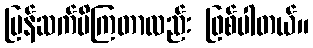
ပြန်ဆက်မိကြတာလည်း ဖြစ်ပါတယ်။